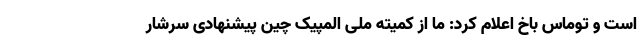
است و توماس باخ اعلام کرد: ما از کمیته ملی المپیک چین پیشنهادی سرشار